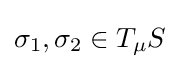
\sigma _{1},\sigma _{2}\in T_{\mu }S